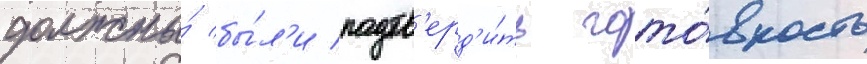
должны́ бы́л'и подтв'ерд'и́ть гото́вность